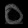
Digit: ၀